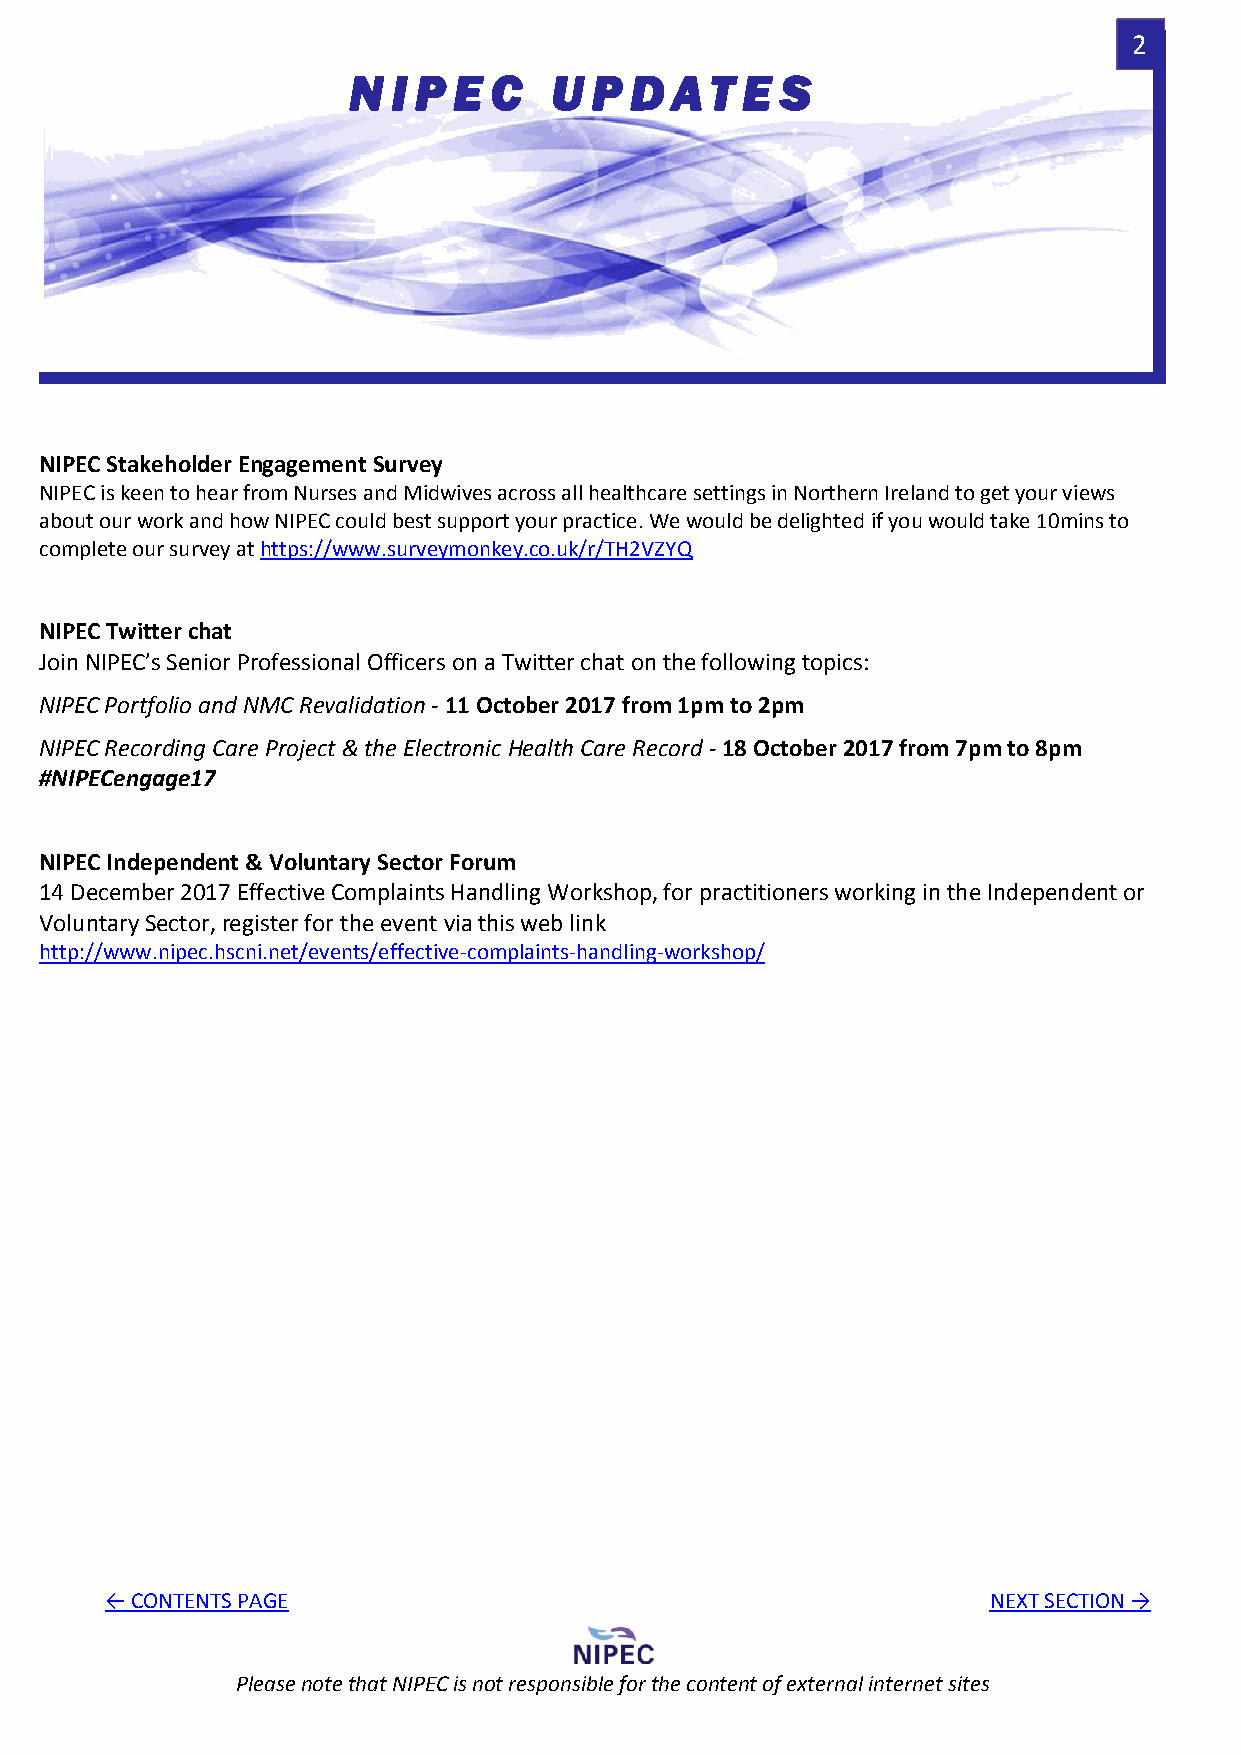
2
 N  I P E C   U  P  D AT   E  S
 NIPEC Stakeholder Engagement Survey
 NIPEC is keen to hear from Nurses and Midwives across all healthcare settings in Northern Ireland to get your views
 about our work and how NIPEC could best support your practice. We would be delighted if you would take 10mins to
 complete our survey at https://www.surveymonkey.co.uk/r/TH2VZYQ
 NIPEC Twitter chat
 Join NIPEC’s Senior Professional Officers on a Twitter chat on the following topics:
 NIPEC Portfolio and NMC Revalidation - 11 October 2017 from 1pm to 2pm
 NIPEC Recording Care Project & the Electronic Health Care Record - 18 October 2017 from 7pm to 8pm
 #NIPECengage17
 NIPEC Independent & Voluntary Sector Forum
 14 December 2017 Effective Complaints Handling Workshop, for practitioners working in the Independent or
 Voluntary Sector, register for the event via this web link
 http://www.nipec.hscni.net/events/effective-complaints-handling-workshop/
 ← CONTENTS PAGE                                           NEXT SECTION →
 Please note that NIPEC is not responsible for the content of external internet sites